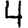
Digit: 4